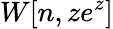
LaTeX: W[n,ze^{z}]